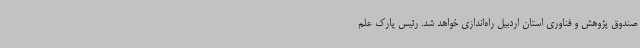
صندوق پژوهش و فناوری استان اردبیل راه‌اندازی خواهد شد. رئیس پارک علم